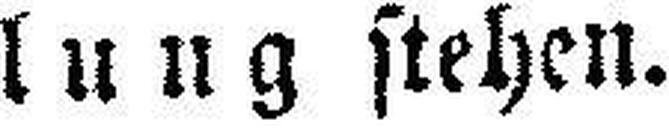
lung stehen.